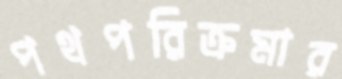
পথপরিক্রমার